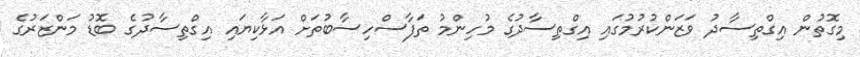
މިގޮތުން އިގްތިސާދު ވަޒަންކުރުމުގައި އިގްތިސާދުގެ މުހިންމު ތަފާސްހިސާބުތަށް އަޅާކިޔައި އިގްތިސާދުގެ ބޮޑު މަންޒަރުގެ